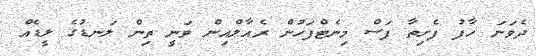
ދެވަނަ ހާފު ފެށިތާ ފަސް މިނެޓްފަހުން ރެއާލްއިން ވަނީ ތިން ލަނޑުގެ ލީޑެއް